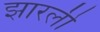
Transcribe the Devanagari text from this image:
झारली